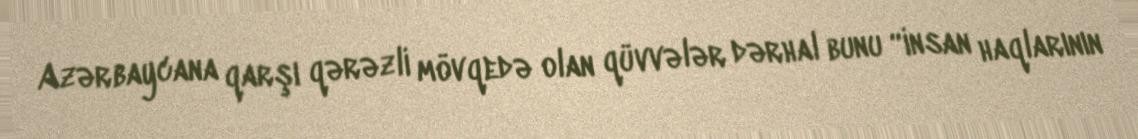
Azərbaycana qarşı qərəzli mövqedə olan qüvvələr dərhal bunu “insan haqlarının